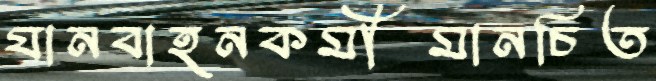
যানবাহনকর্মীমানচিত